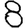
Digit: 8